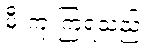
မီးကူးကြရသည်။